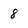
Character: 8